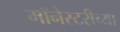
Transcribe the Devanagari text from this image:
मॉनेस्टरीच्या